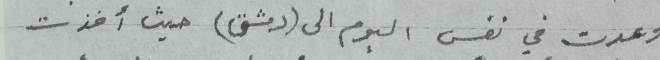
وعدت في نفس اليوم الى (دمشق) حيث أخذت